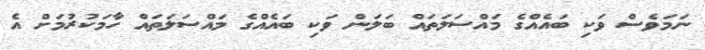
ނަމަވެސް ވަކި ބައެއްގެ މައްސަލަތައް ބަލަން ވަކި ބައެއްގެ މައްސަލަތައް ހާމަކުރުމަށް އެ